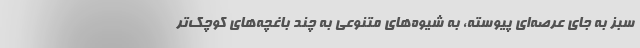
سبز به جای عرصه‌ای پیوسته، به شیوه‌های متنوعی به چند باغچه‌های کوچک‌تر